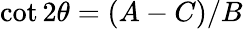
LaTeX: \cot 2\theta=(A-C)/B